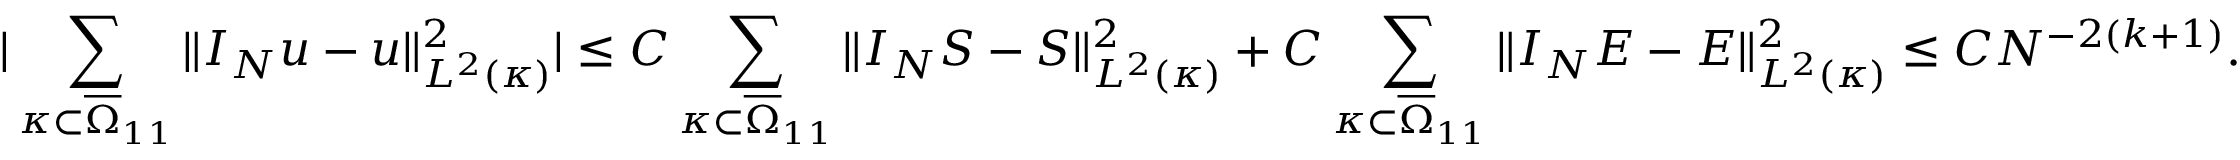
| \sum _ { \kappa \subset \overline { { \Omega } } _ { 1 1 } } \Vert I _ { N } u - u \Vert _ { L ^ { 2 } ( \kappa ) } ^ { 2 } | \le C \sum _ { \kappa \subset \overline { { \Omega } } _ { 1 1 } } \Vert I _ { N } S - S \Vert _ { L ^ { 2 } ( \kappa ) } ^ { 2 } + C \sum _ { \kappa \subset \overline { { \Omega } } _ { 1 1 } } \Vert I _ { N } E - E \Vert _ { L ^ { 2 } ( \kappa ) } ^ { 2 } \le C N ^ { - 2 ( k + 1 ) } .